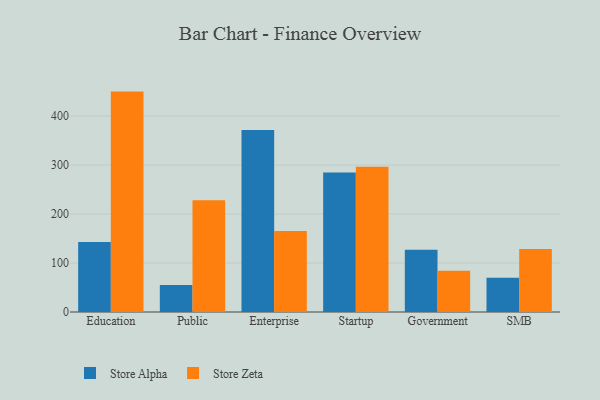
{"axis": {"x": "Segment", "y": "Humidity (%)"}, "legend": ["Store Alpha", "Store Zeta"], "data": [{"x": "Education", "y": 143.0, "type": "Store Alpha"}, {"x": "Education", "y": 450.0, "type": "Store Zeta"}, {"x": "Public", "y": 55.0, "type": "Store Alpha"}, {"x": "Public", "y": 228.4, "type": "Store Zeta"}, {"x": "Enterprise", "y": 371.5, "type": "Store Alpha"}, {"x": "Enterprise", "y": 165.2, "type": "Store Zeta"}, {"x": "Startup", "y": 284.9, "type": "Store Alpha"}, {"x": "Startup", "y": 296.8, "type": "Store Zeta"}, {"x": "Government", "y": 127.1, "type": "Store Alpha"}, {"x": "Government", "y": 84.3, "type": "Store Zeta"}, {"x": "SMB", "y": 69.9, "type": "Store Alpha"}, {"x": "SMB", "y": 128.6, "type": "Store Zeta"}]}